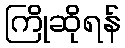
ကြိုဆိုရန်